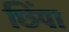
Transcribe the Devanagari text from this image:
छिंपा